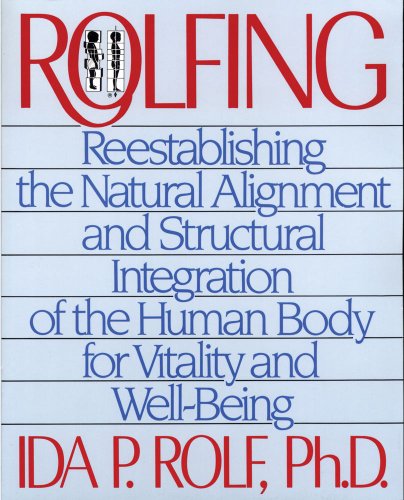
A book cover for Rolfing: Reestablishing the Natural Alignment and Structural Integration of the Human Body for Vitality and Well-Being; Ida P. Rolf Ph.D.; Health, Fitness & Dieting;